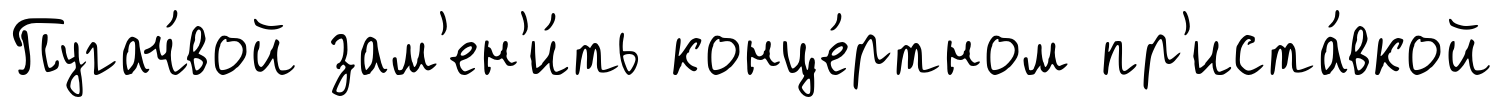
Пугач́вой зам'ен'и́ть конце́ртном пр'иста́вкой